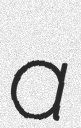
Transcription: a